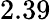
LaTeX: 2.39